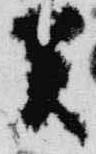
癸